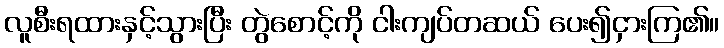
လူစီးရထားနှင့်သွားပြီး တွဲစောင့်ကို ငါးကျပ်တဆယ် ပေး၍ငှားကြ၏။